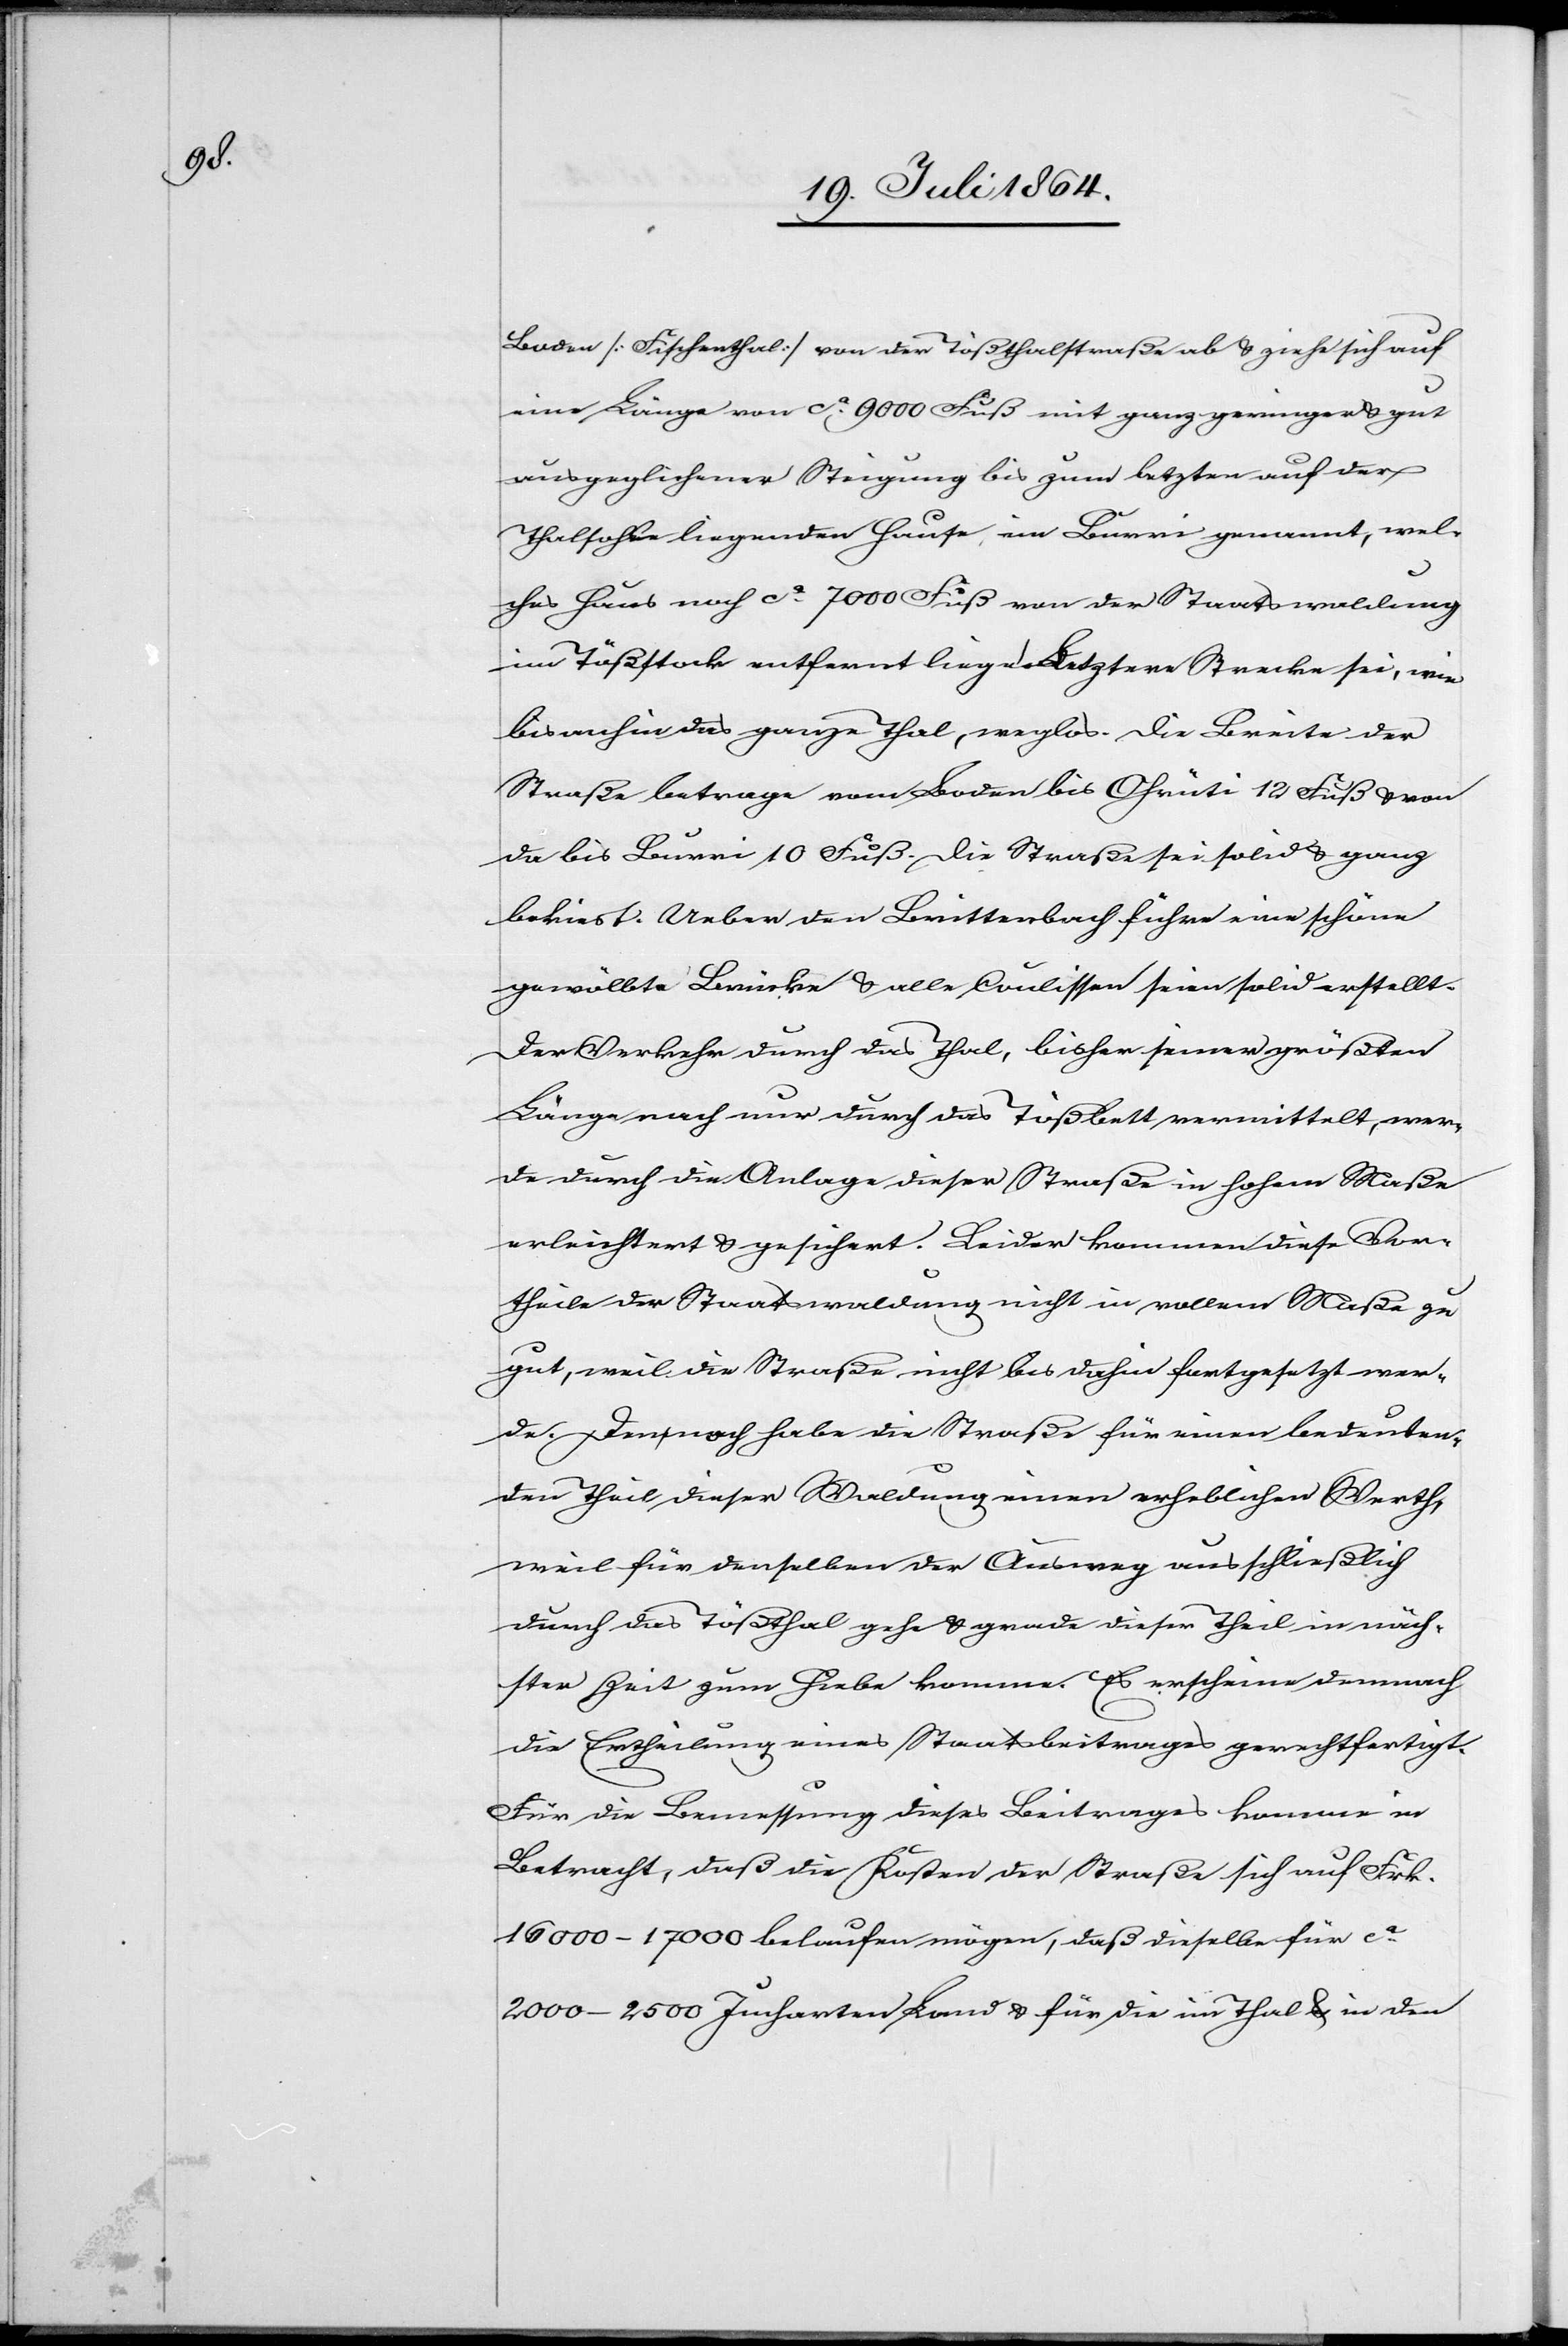
Boden [Fischenthal] von der Tößthalstraße ab u. ziehe sich auf
eine Länge von ca 9000 Fuß mit ganz geringer u. gut
ausgeglichener Steigung bis zum letzten auf der
Thalsohle liegenden Hause, im Burri genannt, wel¬
ches Haus noch ca 7000 Fuß von der Staatswaldung
im Tößstock entfernt liege. Letztere Strecke sei, wie
bis anhin das ganze Thal, weglos. Die Breite der
Straße betrage vom Boden bis Ohrüti 12 Fuß u. von
da bis Burri 10 Fuß. Die Straße sei solid u. ganz
bekiest. Ueber den Brittenbach führe eine schöne
gewölbte Brücke u. alle Coulissen seien solid erstellt.
Der Verkehr durch das Thal, bisher seiner größten
Länge nach nur durch das Tößbett vermittelt, wer¬
de durch die Anlage dieser Straße in hohem Maße
erleichtert u. gesichert. Leider kommen diese Vor¬
theile der Staatswaldung nicht in vollem Maße zu
gut, weil die Straße nicht bis dahin fortgesetzt wer¬
de. Dennoch habe die Straße für einen bedeuten¬
den Theil dieser Waldung einen erheblichen Werth,
weil für denselben der Ausweg ausschließlich
durch das Tößthal gehe u. gerade dieser Theil in näch¬
ster Zeit zum Hiebe komme. Es erscheine demnach
die Ertheilung eines Staatsbeitrages gerechtfertigt.
Für die Bemessung dieses Beitrages komme in
Betracht, daß die Kosten der Straße sich auf Frk.
16 000–17 000 belaufen mögen, daß dieselbe für ca
2000–2500 Jucharten Land u. für die im Thal u. in den